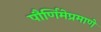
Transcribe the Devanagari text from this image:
पौर्णिमेप्रमाणे